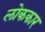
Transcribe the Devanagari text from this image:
लोककार